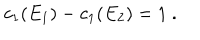
c _ { 1 } ( E _ { 1 } ) - c _ { 1 } ( E _ { 2 } ) = 1 \ .